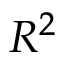
R ^ { 2 }